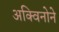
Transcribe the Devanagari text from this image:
अक्विनोने